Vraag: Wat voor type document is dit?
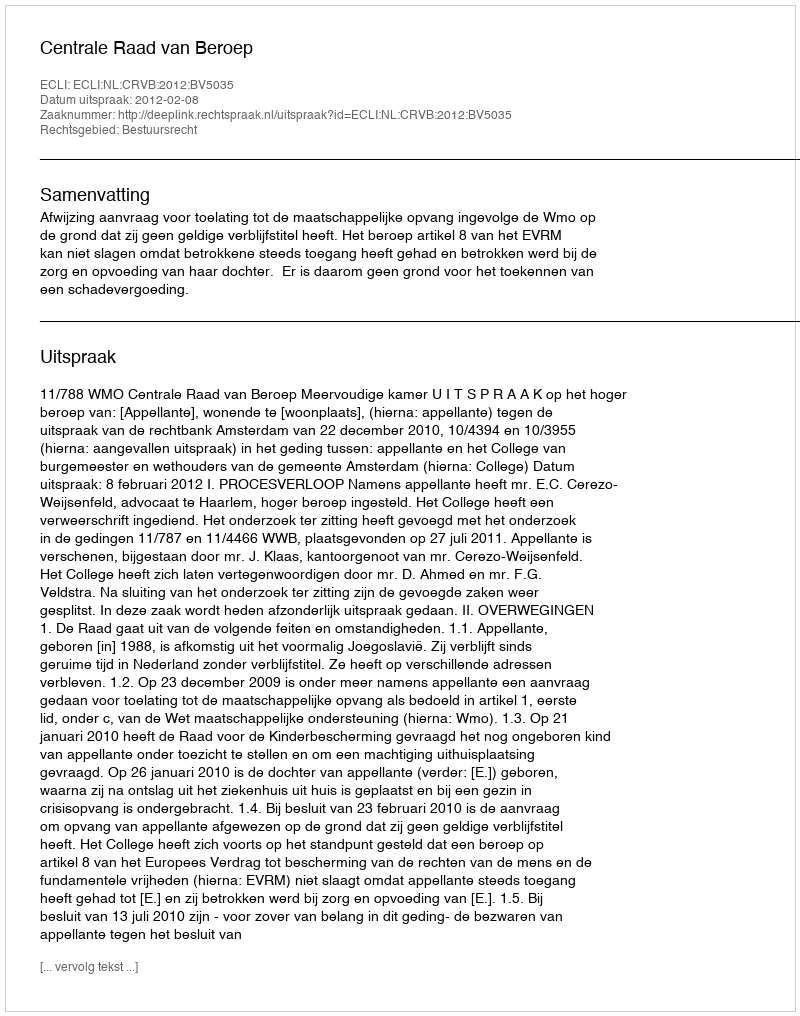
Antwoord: Uitspraak